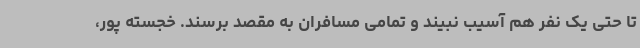
تا حتی یک نفر هم آسیب نبیند و تمامی مسافران به مقصد برسند. خجسته پور،